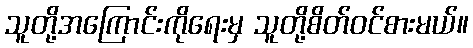
သူတို့အကြောင်းကိုရေးမှ သူတို့စိတ်ဝင်စားမယ်။